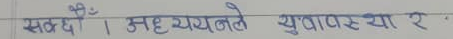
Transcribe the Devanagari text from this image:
सम्बन्धी । अध्ययनले युवावस्था र